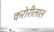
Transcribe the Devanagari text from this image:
करोरीलाल